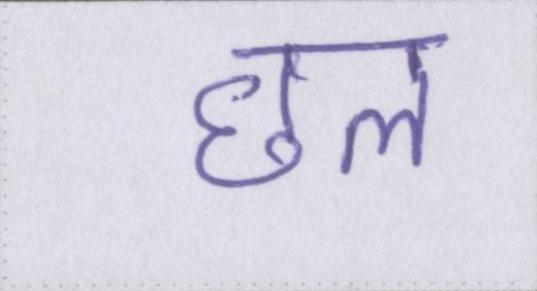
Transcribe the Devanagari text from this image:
छल